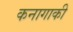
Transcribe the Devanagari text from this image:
कनागाकी